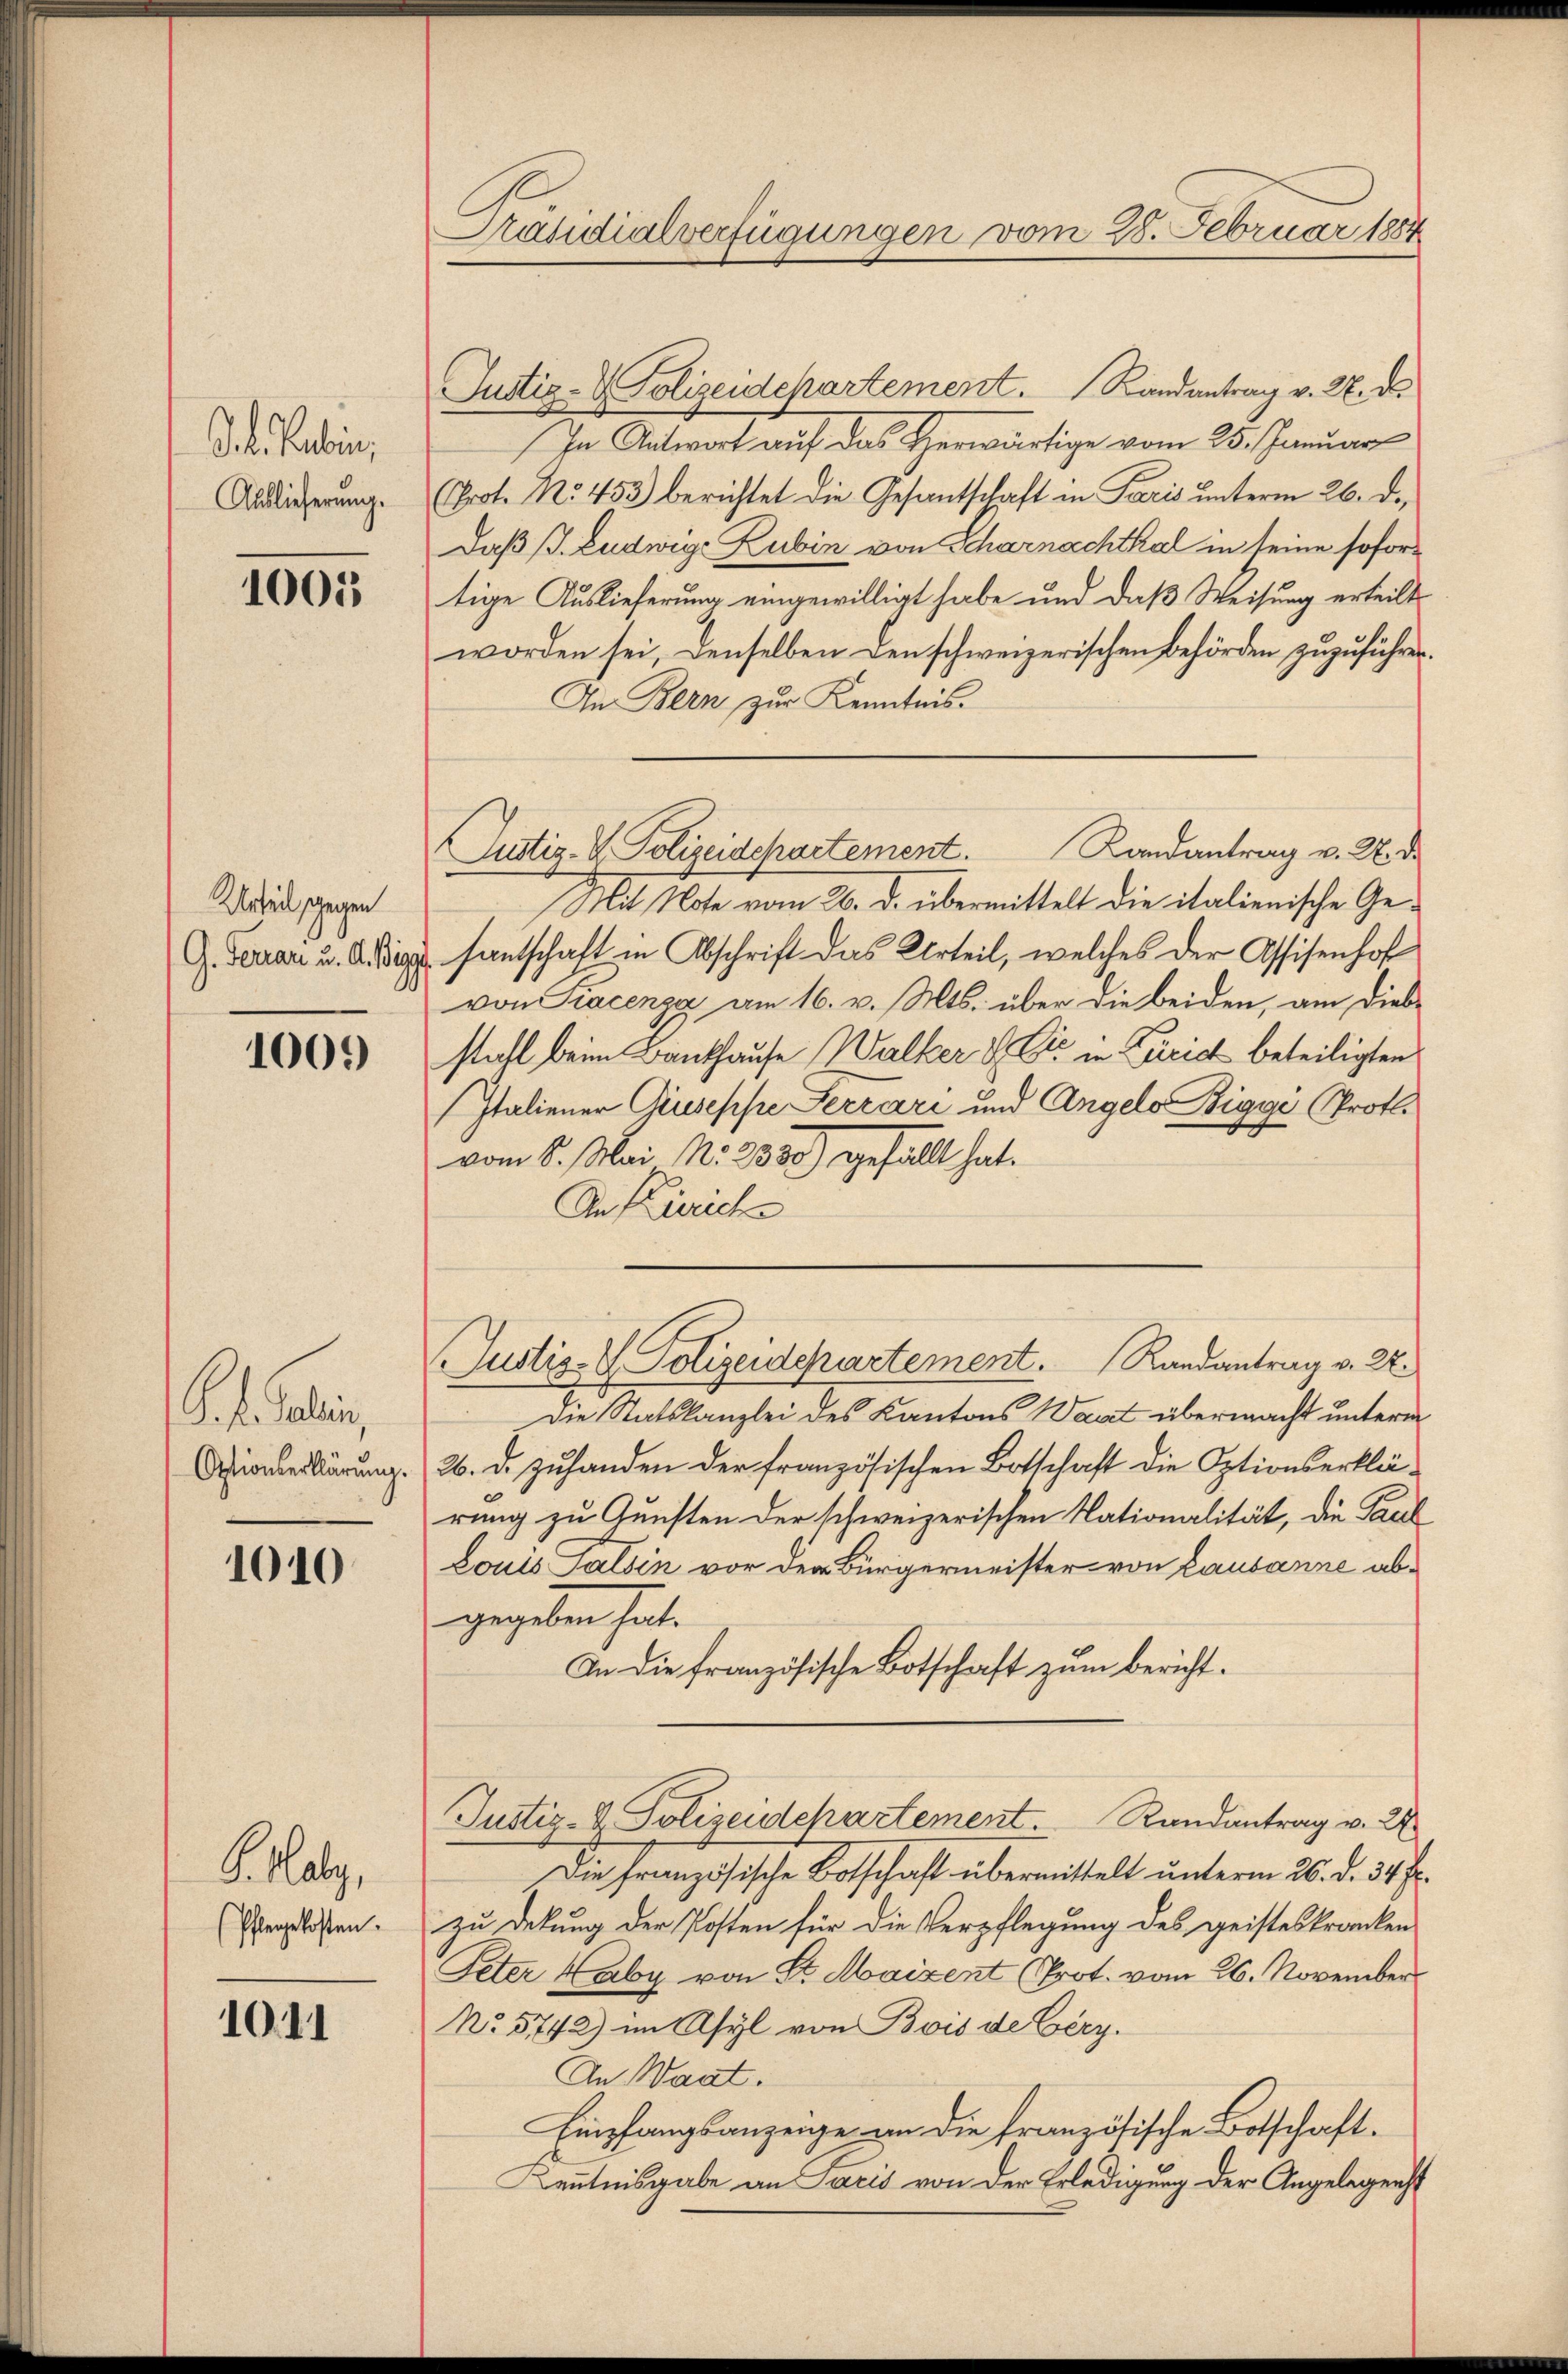
Sch. Paulin,
Auslieferung.

1001

Urteil gegen

1009)

t. Gali
Optionserklärung.

1010

G. Haby,
(Pfleggekosten.

1011

Präsidialverfügungen vom 28. Februar 1884

Justiz- & Polizeidepartement. Landantrag v. 27. d.
In Antwort auf das Herwärtige vom 25. Januar
(Prot. No. 453) berichtet die Gesantschaft in Paris unterm 26. d.
Daß P. Ludwige Zubin von Scharnachthal in seine sofortige Auslieferung eingewilligt habe und daß Weisung erteilt
worden sei, denselben den schweizerischen Behörden zuzuführen.
An Bern zur Kenntnis.
Mit Note vom 20. d. übermittelt die italienische Ge¬
G. Terran u. Aepp santschaft in Abschrift das Urteil, welches der Assisenhof
von Liacenza am 16. v. Mts. über die beiden, am Dieb-
stahl beim Bankhause Walker & Cie in Treich beteiligten
Italiener Giuseppe Serrari und Angelo Biggi (Prof.
vom 6. Mai N. 288. gefallt hat.
An Käsrich
Justiz- & Polizeidepartement. Randantrag v. 22.
Die Statskanzlei des Kantons Waat übermacht unterm
26. d. zuhanden der französischen Botschaft die Optionserklärung zu Gunsten der schweizerischen Nationalität, die Paul
Louis Falsin vor der Bürgermeister von Lausanne abgegeben hat.
In die französische Botschaft zum bericht¬
Justiz- & Polizeidepartement. Randantrag v. 27
Die französische Botschaft übermittelt unterm 26. d. 34 J.
zu dekung der Posten für die Verpflegung des geisteskranken
Peter Haby von St. Maizent (Prot. vom 26. November
No 5742) im Asyl von Bois de Cerz.
An Waat.
Empfangsanzeige an die französische Botschaft.
Kenntnisgabe an Pacis von der Erledigung der Angelegenst

Justiz- & Polizeidepartement. Landantrag v. 27. d.